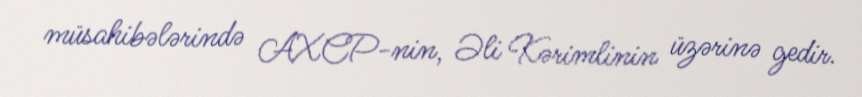
müsahibələrində AXCP-nin, Əli Kərimlinin üzərinə gedir.